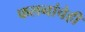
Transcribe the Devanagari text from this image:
फलनांचेही